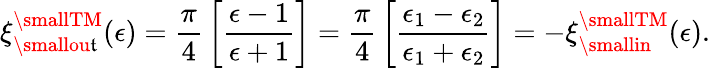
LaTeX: \xi_{\smallou\mathfrak{t}}^{\smallTM}(\epsilon)={\frac{{\pi}}{{4}}}\left[{\frac{{\epsilon-1}}{{\epsilon+1}}}\right]={\frac{{\pi}}{{4}}}\left[{\frac{{\epsilon_{1}-\epsilon_{2}}}{{\epsilon_{1}+\epsilon_{2}}}}\right]=-\xi_{\smallin}^{\smallTM}(\epsilon).